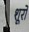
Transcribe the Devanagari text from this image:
शूरो